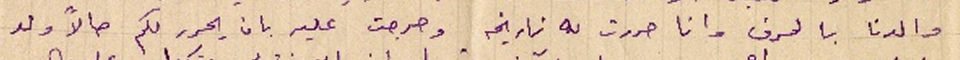
والدنا بالحرف وانا حررت له تاريخه وحرجت عليه بان يحرر لكم حالاً ولا